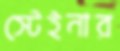
স্টেইনার